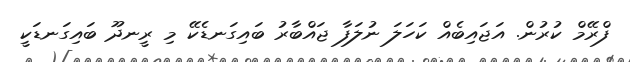
ފްރޭމް ކުރުން. އަޖައިބެއް ކަހަލަ ނުލަފާ ޖައްބާރު ބައިގަނޑެކޭ މި ރީނދޫ ބައިގަނޑަކީ